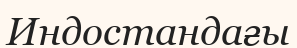
Индостандағы